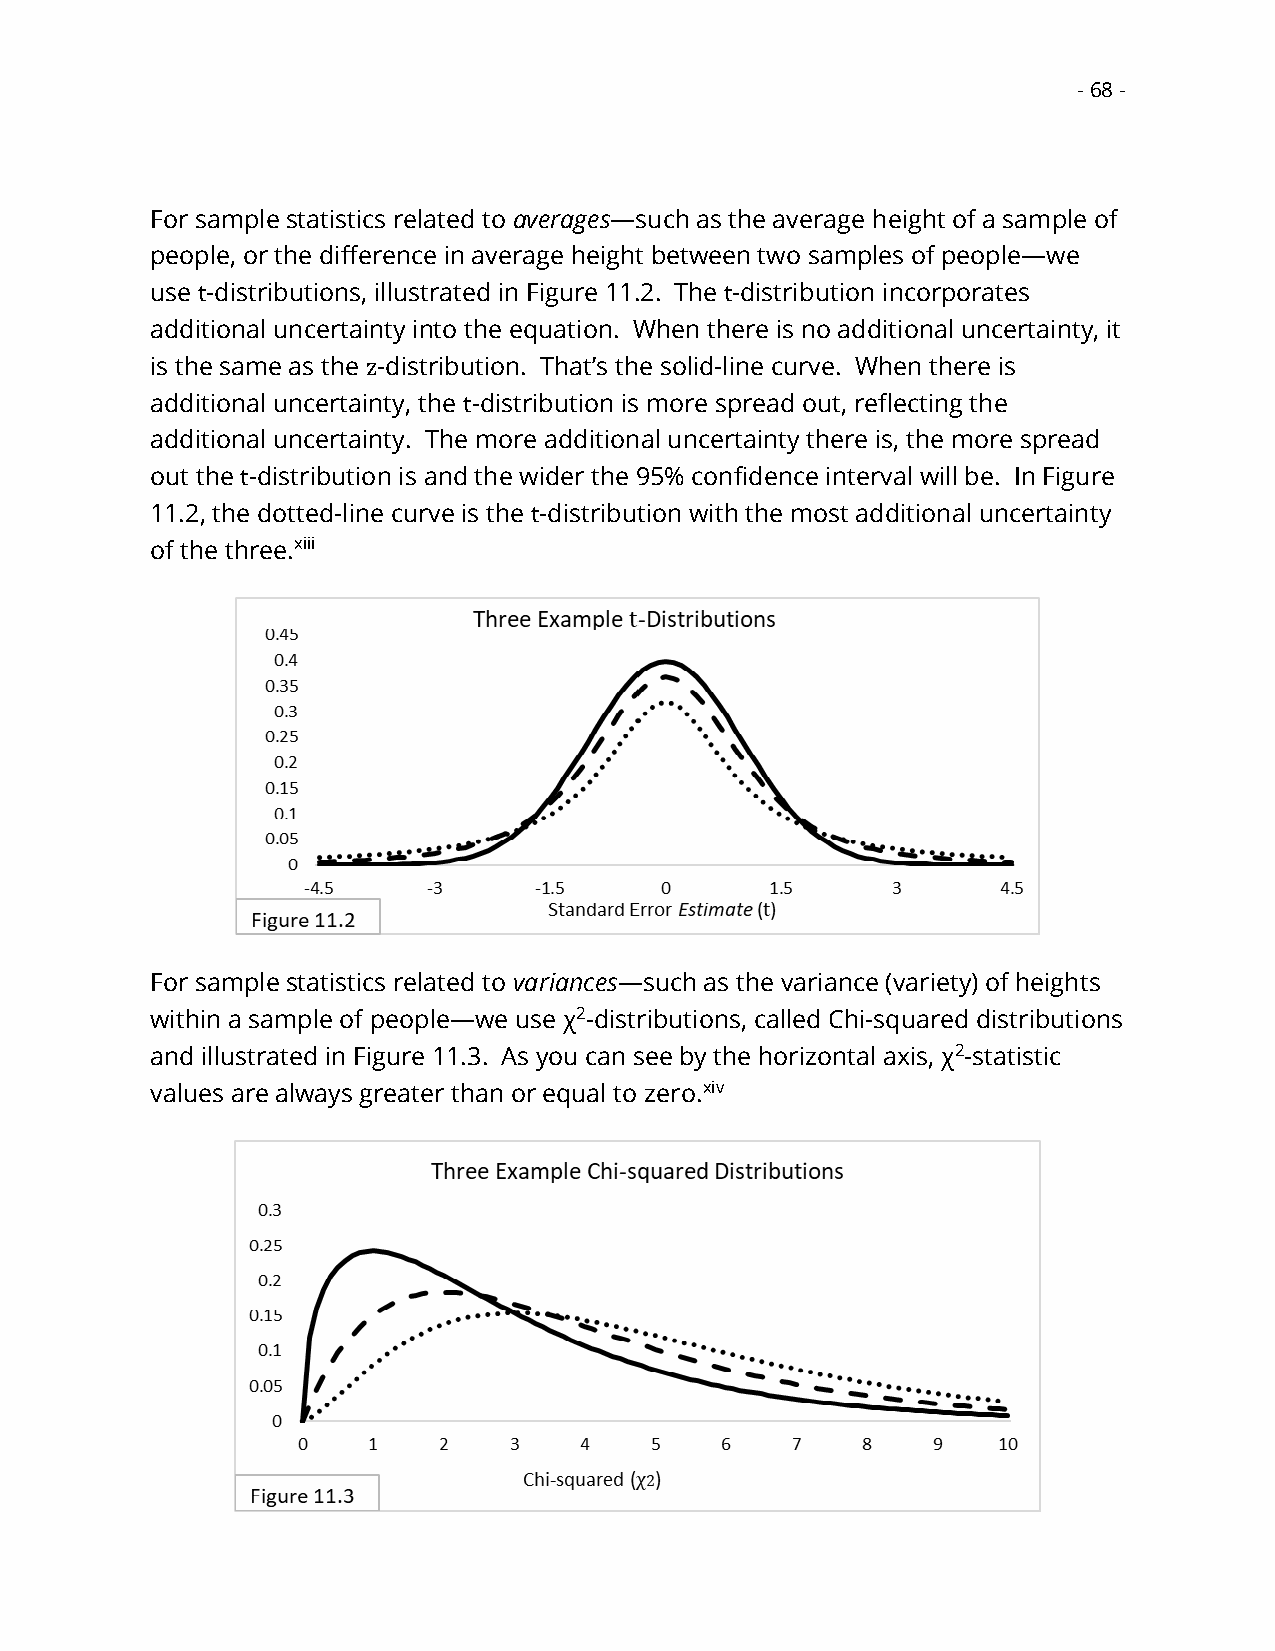
- 68 -
 For sample statistics related to averages—such as the average height of a sample of
 people, or the difference in average height between two samples of people—we
 use t-distributions, illustrated in Figure 11.2. The t-distribution incorporates
 additional uncertainty into the equation. When there is no additional uncertainty, it
 is the same as the z-distribution. That’s the solid-line curve. When there is
 additional uncertainty, the t-distribution is more spread out, reflecting the
 additional uncertainty. The more additional uncertainty there is, the more spread
 out the t-distribution is and the wider the 95% confidence interval will be. In Figure
 11.2, the dotted-line curve is the t-distribution with the most additional uncertainty
 of the three.xiii
 For sample statistics related to variances—such as the variance (variety) of heights
 within a sample of people—we use χ2-distributions, called Chi-squared distributions
 and illustrated in Figure 11.3. As you can see by the horizontal axis, χ2-statistic
 values are always greater than or equal to zero.xiv